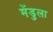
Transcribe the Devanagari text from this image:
मेंडुला